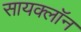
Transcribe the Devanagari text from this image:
सायक्लॉन